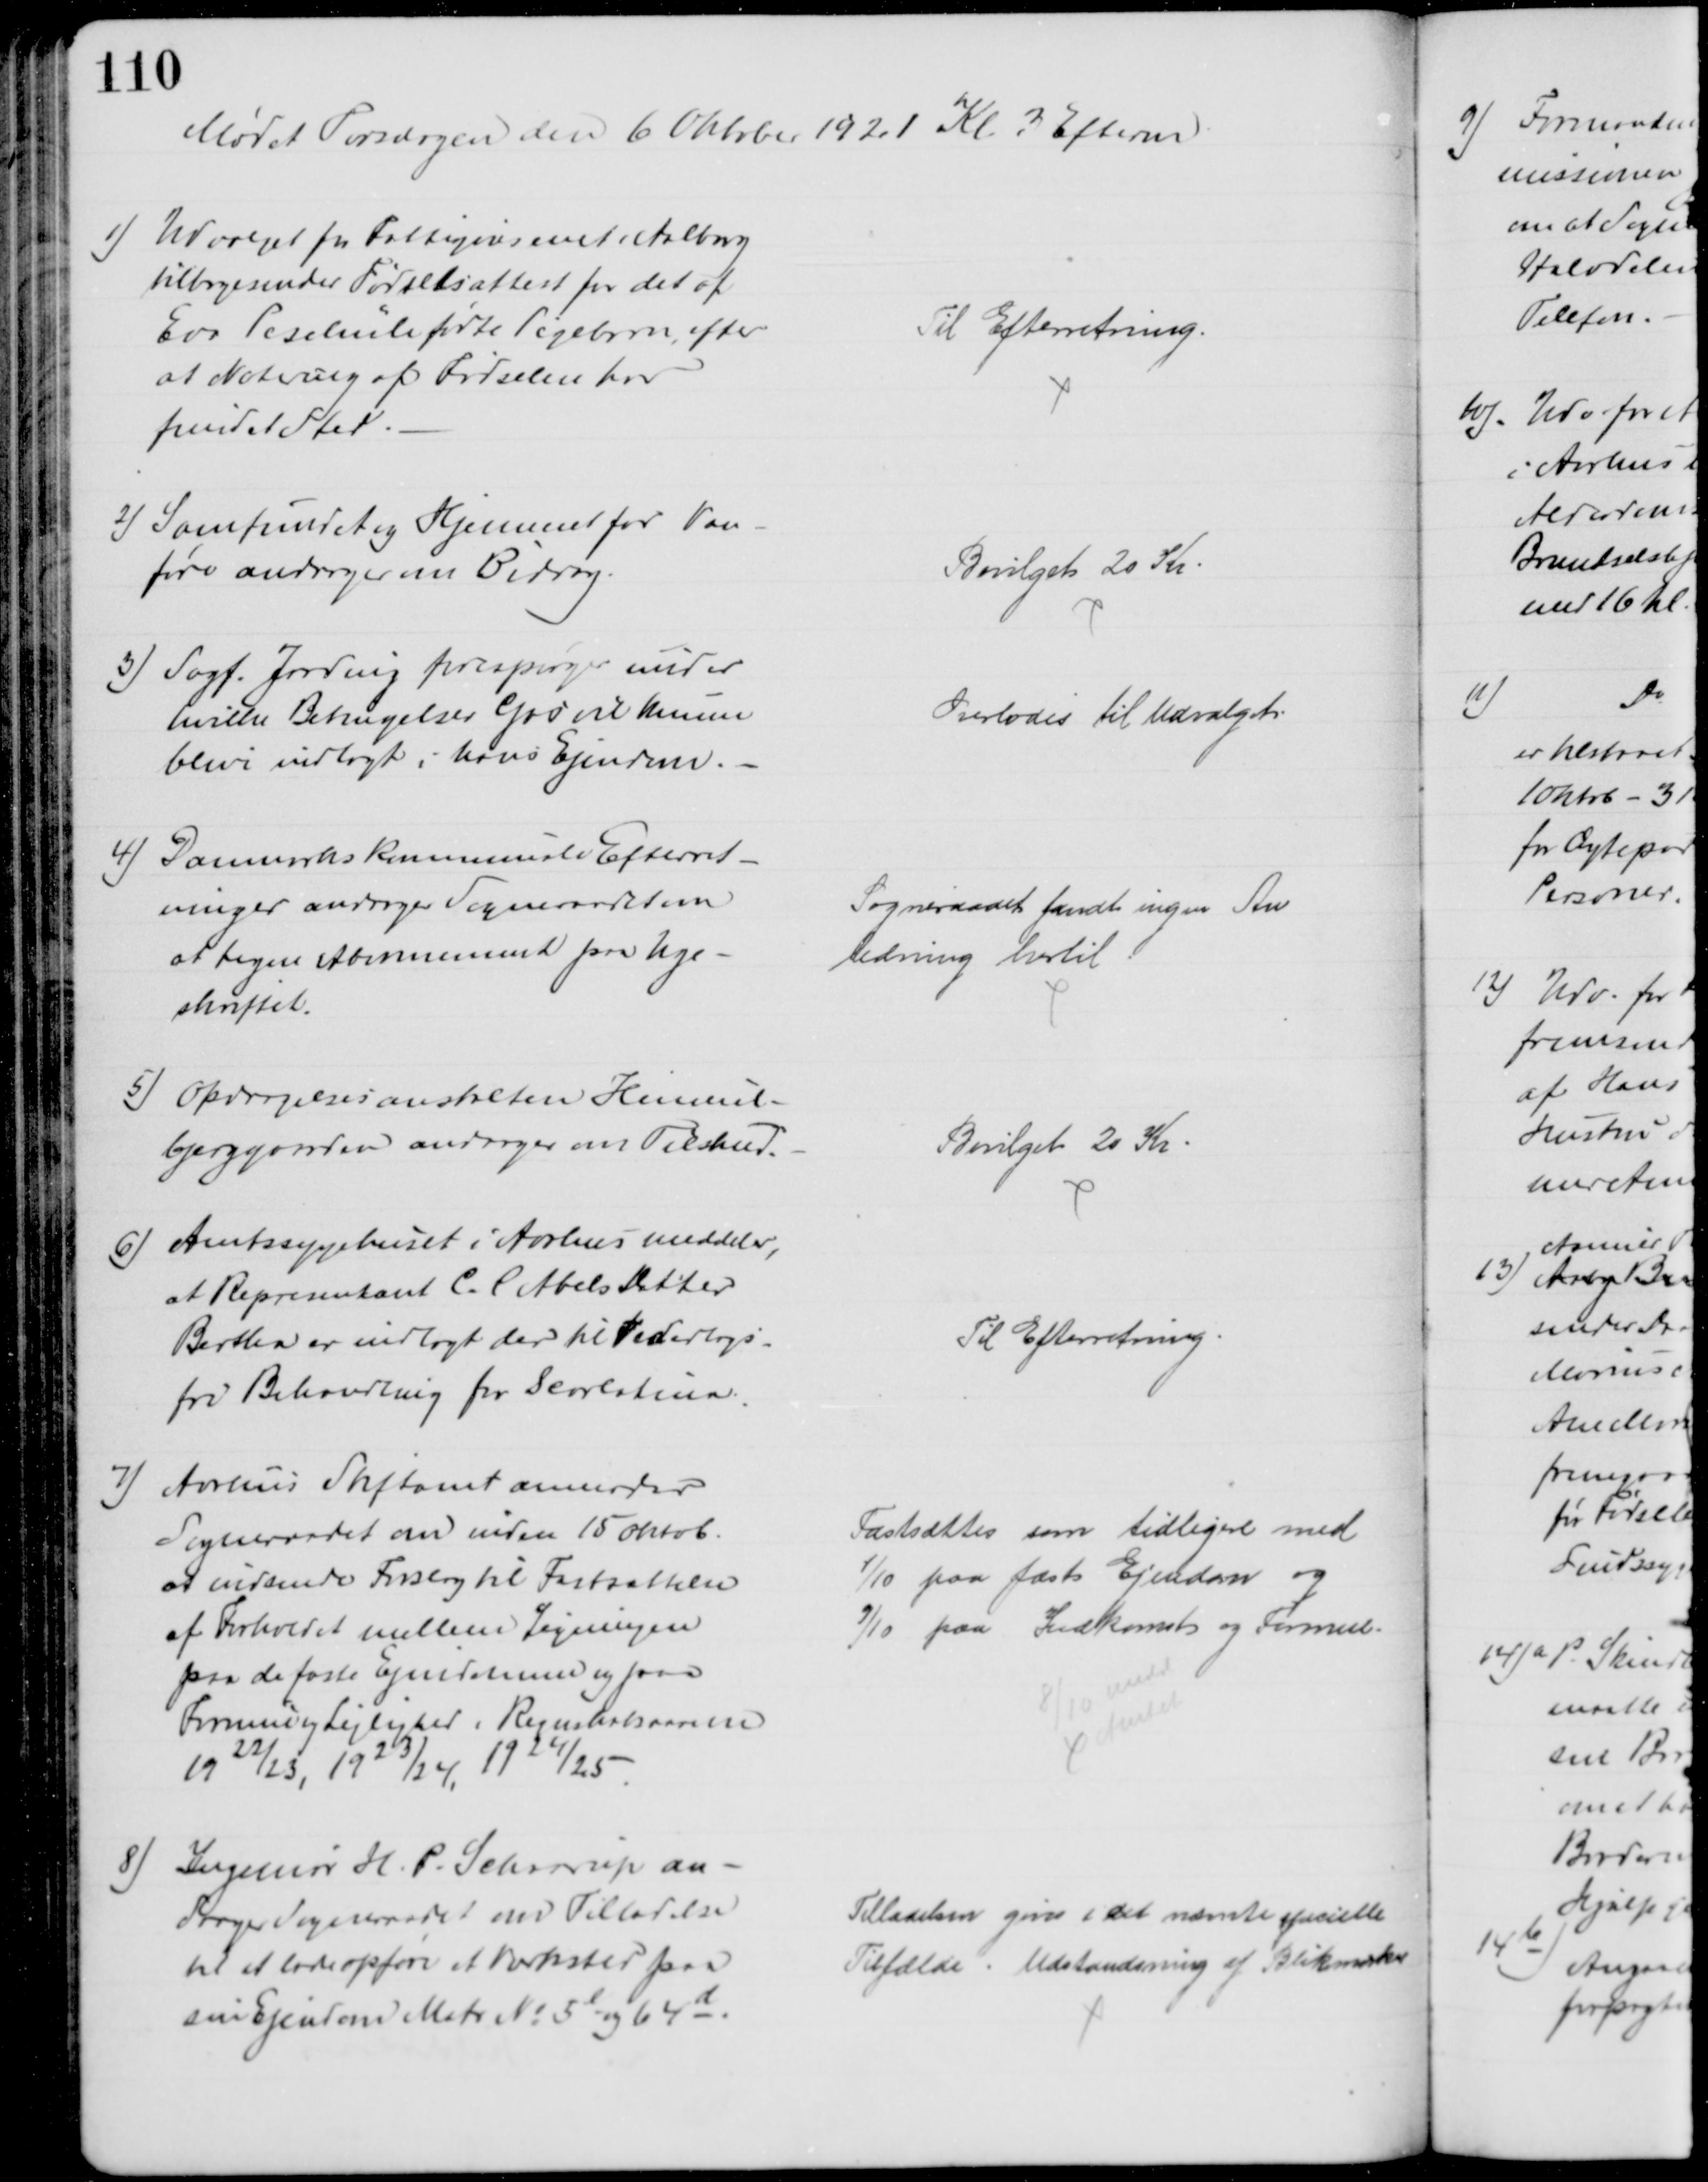
Transskription:
Mødet Torsdagen den 6 Oktober 1921 Kl. 3 Efterm.
1)
Udvalget for Fattigvæsenet i Aalborg
tilbagesender Fødselsattest for det af
Eva Peschüle fødte Pigebarn, efter
at Notering af Fødselen har
fundet Sted.
Til Efterretning.
2) Samfundet og Hjemmet for Van-
føre andrager om Bidrag.
Bevilget 20 Kr.
3) Sagf. Jarding forespørger under
hvilke Betingelser Gas vil kunne
blive indlagt i hans Ejendom.
Overlodes til Udvalget
4) Danmarks kommunale Efterret-
ninger andrager Sogneraadet om
at tegne Abonnement paa Uge-
skriftet.
Sogneraadet fandt ingen An
ledning hertil
5) Opdragelsesanstalten Himmel-
bjerggaarden andrager om Tilskud.
Bevilget 20 Kr
6) Amtssygehuset i Aarhus meddeler,
at Repræsentant C. C Abels Datter
Bertha er indlagt der til Vederlags-
fri Behandling for Scarlatina.
Til Efterretning
7)
Aarhus Stiftamt anmoder
Sogneraadet om inden 15 Oktob.
at indsende Forslag til Fastsættelse
af Forholdet mellem Ligningen
paa de faste Ejendomme og paa
Formue og Lejlighed i Regnskabsaarene
1922/23, 1923/24, 1924/25
Fastsættes som tidligere med
1/10 paa fast Ejendom og 
9/10 paa Indkomst og Formue.
8/10 medd
Amtet
8)
Ingeniør H. P. Schrorup an-
drager Sogneraadet om Tilladelse
til at lade opføre et Værksted paa
sin Ejendom Matr. № 5l og 64d.
Tilladelsen gives i det nævnte specielle
Tilfælde. Udstandsning af Blikmærker